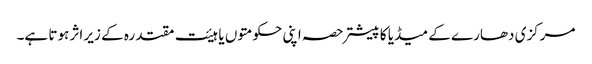
مرکزی دھارے کے میڈیا کا پیشتر حصہ اپنی حکومتوں یا ہیئت مقتدرہ کے زیر اثر ہوتا ہے۔